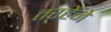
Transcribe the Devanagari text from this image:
तऱ्हेंने